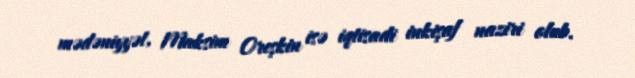
mədəniyyət, Maksim Oreşkin isə iqtisadi inkişaf naziri olub.